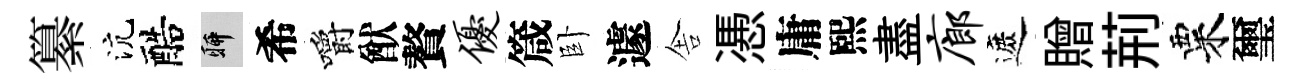
纂沆醅聊希嚼猷贅优箴卧遽舎慿庸熙盡廊遮贈荊粟璽